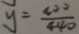
y = \frac { 4 0 0 } { 4 4 0 }